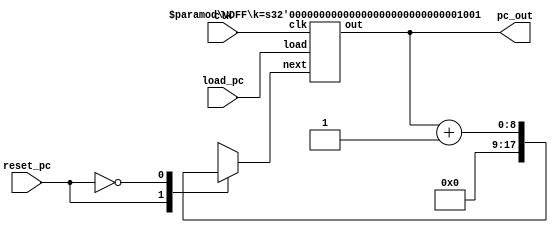
module program_counter(clk, load_pc, reset_pc, pc_out);
	input clk;
	input load_pc;
	input reset_pc;
	output [8:0] pc_out;
	
	reg [8:0]next_pc;
	
	vDFF #(9) program_counter(clk, load_pc, next_pc, pc_out);
	
	always @(*) begin 
		case(reset_pc)
			1'b1: next_pc = 9'b0;
			1'b0: next_pc = pc_out + 1;
			default: next_pc = 9'bx;
		endcase
	end 
 
endmodule

module vDFF(clk, load, next, out);
	parameter k = 1;
	input clk;
	input load;
	input [k-1:0]next;
	output reg [k-1:0]out;
	
	always@(posedge clk) begin
		out = load? next:out;
	end
endmodule